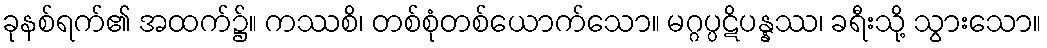
ခုနစ်ရက်၏ အထက်၌။ ကဿစိ၊ တစ်စုံတစ်ယောက်သော။ မဂ္ဂပ္ပဋိပန္နဿ၊ ခရီးသို့ သွားသော။